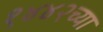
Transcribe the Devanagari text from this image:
१४४२च्या